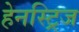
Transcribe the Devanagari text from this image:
हेनस्ट्रिज